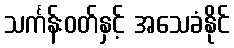
သင်္ကန်းဝတ်နှင့် အသေခံနိုင်